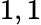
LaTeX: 1,1